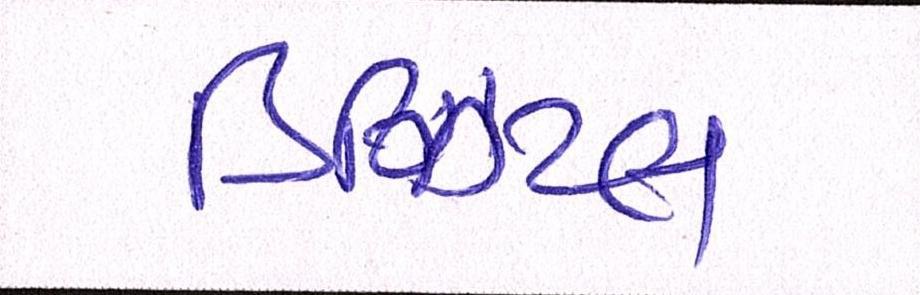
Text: ડિઝિટલ